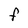
Character: F